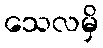
သေလမှိ